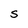
Character: S